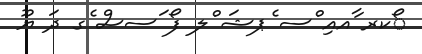
ޯކރ ާއއި ްސ ެޕޝަ ްލ ފޯ ަސސް ެގ ދަ ޔޫ